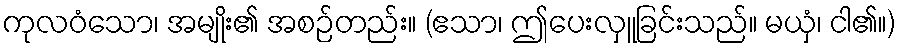
ကုလဝံသော၊ အမျိုး၏ အစဉ်တည်း။ (ဧသာ၊ ဤပေးလှူခြင်းသည်။ မယှံ၊ ငါ၏။)